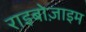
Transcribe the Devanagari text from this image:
राइबोज़ाइम